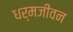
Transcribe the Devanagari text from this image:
धर्मजीवन